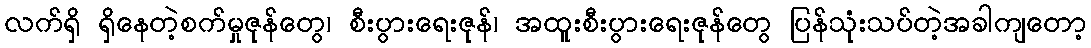
လက်ရှိ ရှိနေတဲ့စက်မှုဇုန်တွေ၊ စီးပွားရေးဇုန်၊ အထူးစီးပွားရေးဇုန်တွေ ပြန်သုံးသပ်တဲ့အခါကျတော့